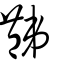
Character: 豑